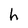
Character: h